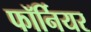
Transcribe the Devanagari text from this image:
फॉर्नियर